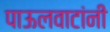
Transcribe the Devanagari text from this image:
पाऊलवाटांनी